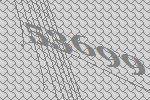
53699